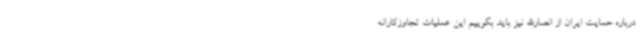
درباره حمایت ایران از انصارالله نیز باید بگوییم این عملیات تجاوزکارانه